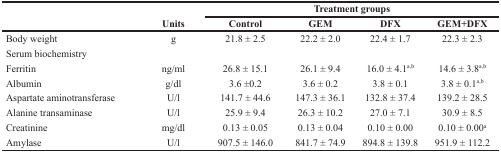
<table><thead><tr><td></td><td></td><td colspan="4"><b>Treatment groups</b></td></tr><tr><td></td><td><b>Units</b></td><td><b>Control</b></td><td><b>GEM</b></td><td><b>DFX</b></td><td><b>GEM+DFX</b></td></tr></thead><tbody><tr><td>Body weight</td><td>g</td><td>21.8 ± 2.5</td><td>22.2 ± 2.0</td><td>22.4 ± 1.7</td><td>22.3 ± 2.3</td></tr><tr><td>Serum biochemistry</td><td></td><td></td><td></td><td></td><td></td></tr><tr><td>Ferritin</td><td>ng/ml</td><td>26.8 ± 15.1</td><td>26.1 ± 9.4</td><td>16.0 ± 4.1<sup>a,b</sup></td><td>14.6 ± 3.8<sup>a,b</sup></td></tr><tr><td>Albumin</td><td>g/dl</td><td>3.6 ±0.2</td><td>3.6 ± 0.2</td><td>3.8 ± 0.1</td><td>3.8 ± 0.1<sup>a,b</sup></td></tr><tr><td>Aspartate aminotransferase</td><td>U/l</td><td>141.7 ± 44.6</td><td>147.3 ± 36.1</td><td>132.8 ± 37.4</td><td>139.2 ± 28.5</td></tr><tr><td>Alanine transaminase</td><td>U/l</td><td>25.9 ± 9.4</td><td>26.3 ± 10.2</td><td>27.0 ± 7.1</td><td>30.9 ± 8.5</td></tr><tr><td>Creatinine</td><td>mg/dl</td><td>0.13 ± 0.05</td><td>0.13 ± 0.04</td><td>0.10 ± 0.00</td><td>0.10 ± 0.00<sup>a</sup></td></tr><tr><td>Amylase</td><td>U/l</td><td>907.5 ± 146.0</td><td>841.7 ± 74.9</td><td>894.8 ± 139.8</td><td>951.9 ± 112.2</td></tr></tbody></table>